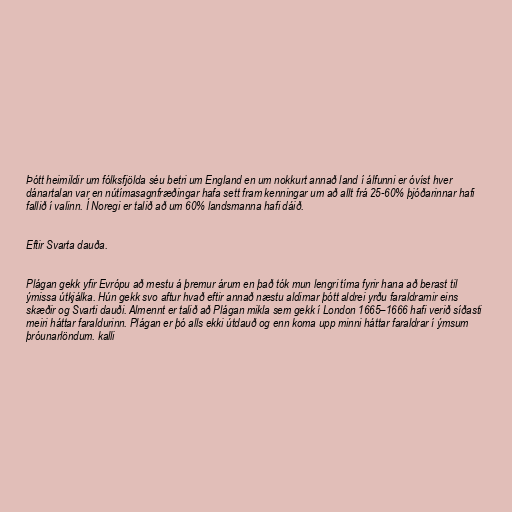
Þótt heimildir um fólksfjölda séu betri um England en um nokkurt annað land í álfunni er óvíst hver
dánartalan var en nútímasagnfræðingar hafa sett fram kenningar um að allt frá 25-60% þjóðarinnar hafi
fallið í valinn. Í Noregi er talið að um 60% landsmanna hafi dáið.

Eftir Svarta dauða.

Plágan gekk yfir Evrópu að mestu á þremur árum en það tók mun lengri tíma fyrir hana að berast til
ýmissa útkjálka. Hún gekk svo aftur hvað eftir annað næstu aldirnar þótt aldrei yrðu faraldrarnir eins
skæðir og Svarti dauði. Almennt er talið að Plágan mikla sem gekk í London 1665–1666 hafi verið síðasti
meiri háttar faraldurinn. Plágan er þó alls ekki útdauð og enn koma upp minni háttar faraldrar í ýmsum
þróunarlöndum. kalli